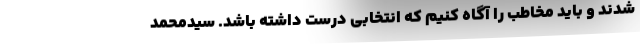
شدند و باید مخاطب را آگاه کنیم که انتخابی درست داشته باشد. سیدمحمد